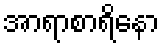
အာရာစာရိနော